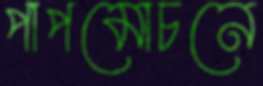
পাপমোচনে